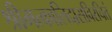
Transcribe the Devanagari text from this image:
श्रीमत्कालिदासविरचितं